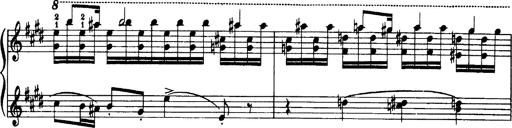
Title: OuvertÃ¼re zu TannhÃ¤user
Composer: Franz Liszt